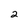
Character: 2